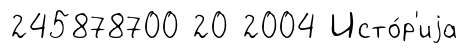
245878700 20 2004 Исто́р'иjа